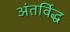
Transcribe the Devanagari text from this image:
अंतर्विद्ध